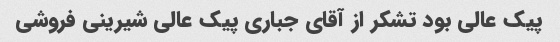
پیک عالی بود تشکر از آقای جباری پیک عالی شیرینی فروشی